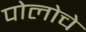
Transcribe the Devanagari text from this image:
पोलोचे